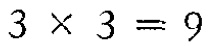
\(3\times3 = 9\)